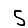
Digit: 5